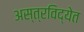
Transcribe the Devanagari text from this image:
अस्त्रविद्येत